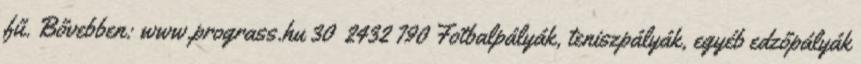
fű. Bővebben: www.prograss.hu 30 2432 790 Fotbalpályák, teniszpályák, egyéb edzőpályák